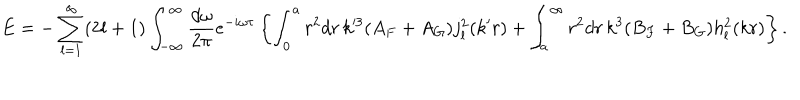
E = - \sum _ { l = 1 } ^ { \infty } ( 2 l + 1 ) \int _ { - \infty } ^ { \infty } { \frac { d \omega } { 2 \pi } } e ^ { - i \omega \tau } \left\{ \int _ { 0 } ^ { a } r ^ { 2 } d r \, k ^ { \prime 3 } ( A _ { F } + A _ { G } ) j _ { l } ^ { 2 } ( k ^ { \prime } r ) + \int _ { a } ^ { \infty } r ^ { 2 } d r \, k ^ { 3 } ( B _ { F } + B _ { G } ) h _ { l } ^ { 2 } ( k r ) \right\} .